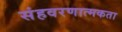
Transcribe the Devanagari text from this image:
संहवरणात्मकता